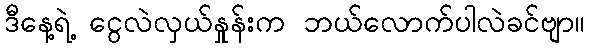
ဒီနေ့ရဲ့ ငွေလဲလှယ်နှုန်းက ဘယ်လောက်ပါလဲခင်ဗျာ။